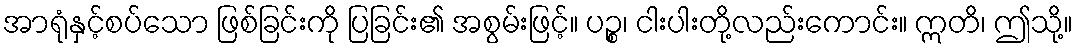
အာရုံနှင့်စပ်သော ဖြစ်ခြင်းကို ပြခြင်း၏ အစွမ်းဖြင့်။ ပဉ္စ၊ ငါးပါးတို့လည်းကောင်း။ ဣတိ၊ ဤသို့။